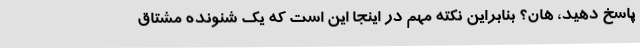
پاسخ دهید، هان؟ بنابراین نکته مهم در اینجا این است که یک شنونده مشتاق